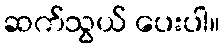
ဆက်သွယ် ပေးပါ။